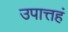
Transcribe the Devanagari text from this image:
उपात्तहं